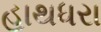
હાથધરા